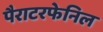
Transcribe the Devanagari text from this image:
पैराटरफेनिल